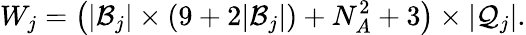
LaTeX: W_{j}=\left(\vert\mathcal{B}_{j}\vert\times(9+2\vert\mathcal{B}_{j}\vert)+N_{A}^{2}+3\right)\times\vert\mathcal{Q}_{j}\vert.